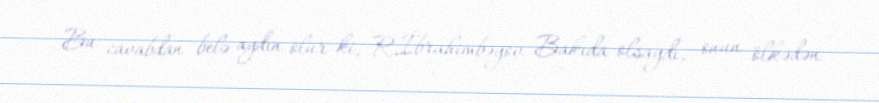
Bu cavabdan belə aydın olur ki, R.İbrahimbəyov Bakıda olsaydı, onun ölkədən